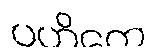
ပဟိတေ